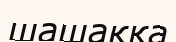
шашаққа